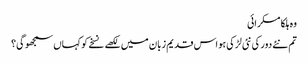
وہ ہلکا مسکرائی
تم نئے دور کی نئی لڑکی ہو اس قدیم زبان میں لکھے نسخے کو کہاں سمجھو گی؟